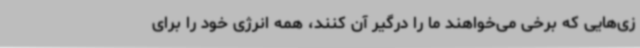
زی‌هایی که برخی می‌خواهند ما را درگیر آن کنند، همه انرژی خود را برای